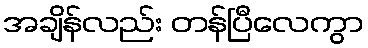
အချိန်လည်း တန်ပြီလေကွာ